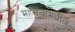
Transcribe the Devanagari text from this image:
महसूलामधील